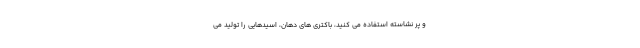
و پر نشاسته استفاده می کنید، باکتری های دهان، اسیدهایی را تولید می